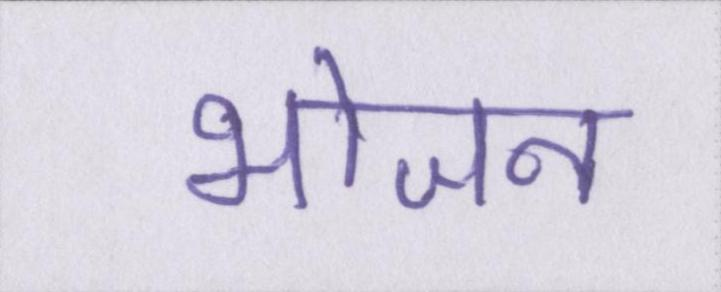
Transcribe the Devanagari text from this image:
भोजनं